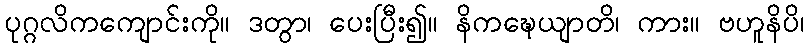
ပုဂ္ဂလိကကျောင်းကို။ ဒတွာ၊ ပေးပြီး၍။ နိကဍ္ဎေယျာတိ၊ ကား။ ဗဟူနိပိ၊